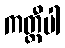
ကတ္တီပါ